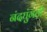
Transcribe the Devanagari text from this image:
नंदघुंगटी